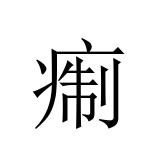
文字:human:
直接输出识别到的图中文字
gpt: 痸